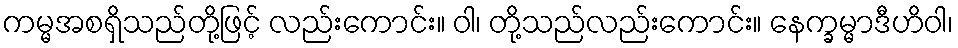
ကမ္မအစရှိသည်တို့ဖြင့် လည်းကောင်း။ ဝါ၊ တို့သည်လည်းကောင်း။ နေက္ခမ္မာဒီဟိဝါ၊